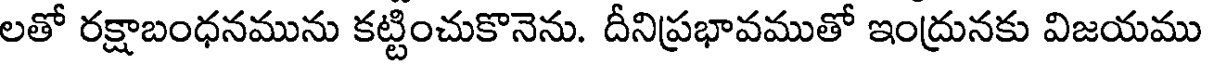
లతో రక్షాబంధనమును కట్టించుకొనెను. దీనిప్రభావముతో ఇంద్రునకు విజయము